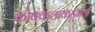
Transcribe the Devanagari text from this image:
कोक्कलाकडूनही